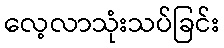
လေ့လာသုံးသပ်ခြင်း